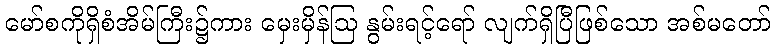
မော်စကိုရှိစံအိမ်ကြီး၌ကား မှေးမှိန်ဩ နွမ်းရင့်ရော် လျက်ရှိပြီဖြစ်သော အစ်မတော်